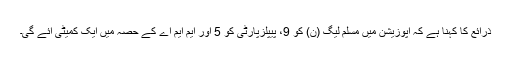
ذرائع کا کہنا ہے کہ اپوزیشن میں مسلم لیگ (ن) کو 9، پیپلزپارٹی کو 5 اور ایم ایم اے کے حصہ میں ایک کمیٹی آئے گی۔